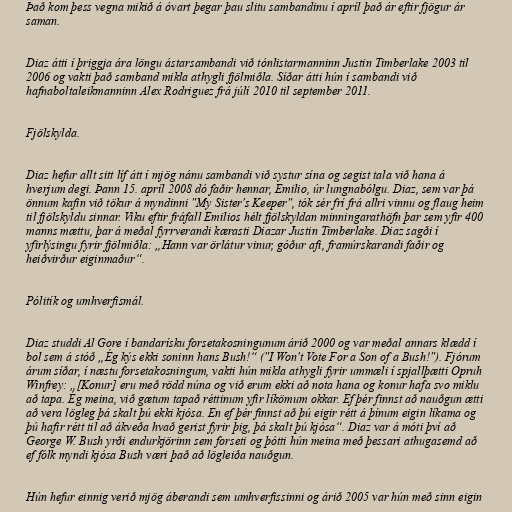
Það kom þess vegna mikið á óvart þegar þau slitu sambandinu í apríl það ár eftir fjögur ár
saman.

Diaz átti í þriggja ára löngu ástarsambandi við tónlistarmanninn Justin Timberlake 2003 til
2006 og vakti það samband mikla athygli fjölmiðla. Síðar átti hún í sambandi við
hafnaboltaleikmanninn Alex Rodriguez frá júlí 2010 til september 2011.

Fjölskylda.

Diaz hefur allt sitt líf átt í mjög nánu sambandi við systur sína og segist tala við hana á
hverjum degi. Þann 15. apríl 2008 dó faðir hennar, Emilio, úr lungnabólgu. Diaz, sem var þá
önnum kafin við tökur á myndinni "My Sister's Keeper", tók sér frí frá allri vinnu og flaug heim
til fjölskyldu sinnar. Viku eftir fráfall Emilios hélt fjölskyldan minningarathöfn þar sem yfir 400
manns mættu, þar á meðal fyrrverandi kærasti Diazar Justin Timberlake. Diaz sagði í
yfirlýsingu fyrir fjölmiðla: „Hann var örlátur vinur, góður afi, framúrskarandi faðir og
heiðvirður eiginmaður“.

Pólitík og umhverfismál.

Diaz studdi Al Gore í bandarísku forsetakosningunum árið 2000 og var meðal annars klædd í
bol sem á stóð „Ég kýs ekki soninn hans Bush!“ ("I Won't Vote For a Son of a Bush!"). Fjórum
árum síðar, í næstu forsetakosningum, vakti hún mikla athygli fyrir ummæli í spjallþætti Opruh
Winfrey: „[Konur] eru með rödd núna og við erum ekki að nota hana og konur hafa svo miklu
að tapa. Ég meina, við gætum tapað réttinum yfir líkömum okkar. Ef þér finnst að nauðgun ætti
að vera lögleg þá skalt þú ekki kjósa. En ef þér finnst að þú eigir rétt á þínum eigin líkama og
þú hafir rétt til að ákveða hvað gerist fyrir þig, þá skalt þú kjósa“. Diaz var á móti því að
George W. Bush yrði endurkjörinn sem forseti og þótti hún meina með þessari athugasemd að
ef fólk myndi kjósa Bush væri það að lögleiða nauðgun.

Hún hefur einnig verið mjög áberandi sem umhverfissinni og árið 2005 var hún með sinn eigin